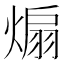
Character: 煽